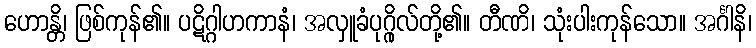
ဟောန္တိ၊ ဖြစ်ကုန်၏။ ပဋိဂ္ဂါဟကာနံ၊ အလှူခံပုဂ္ဂိုလ်တို့၏။ တီဏိ၊ သုံးပါးကုန်သော။ အင်္ဂါနိ၊